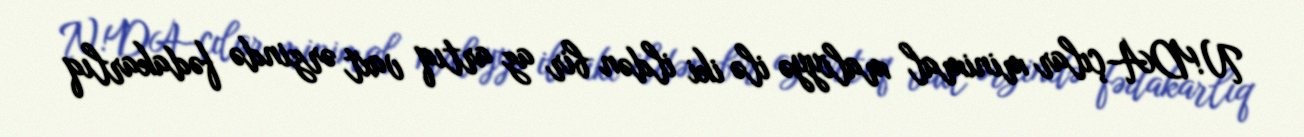
N!DA-çılar minimal maliyyə ilə iki ildən bir az artıq vaxt ərzində fədakarlıq